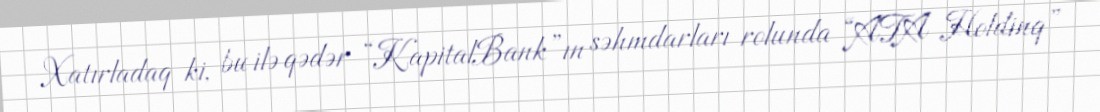
Xatırladaq ki, bu ilə qədər “KapitalBank”ın səhmdarları rolunda “ATA Holdinq”